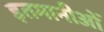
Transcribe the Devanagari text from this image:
इतमानीओं